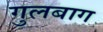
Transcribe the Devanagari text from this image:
गुलबाग